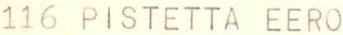
116 PISTETTA EERO